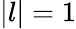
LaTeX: |l|=1